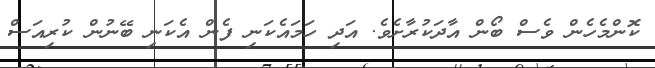
ކޮންމެހެން ވެސް ބޯން އާދަކުރާށެވެ. އަދި ހަމައެކަނި ފެން އެކަނި ބޭނުން ކުރިއަސް